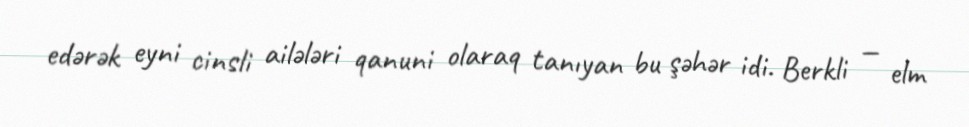
edərək eyni cinsli ailələri qanuni olaraq tanıyan bu şəhər idi. Berkli — elm